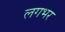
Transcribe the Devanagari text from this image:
लगभर